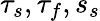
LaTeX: \tau_{s},\tau_{f},s_{s}